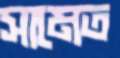
সামেত